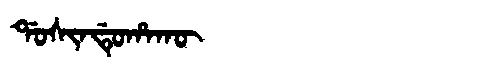
Manchu: ᡩᠣᠰᡳᠨᡩᡠᡥᠠᡴᡡ
Romanization: DOSINDUHAKŪ